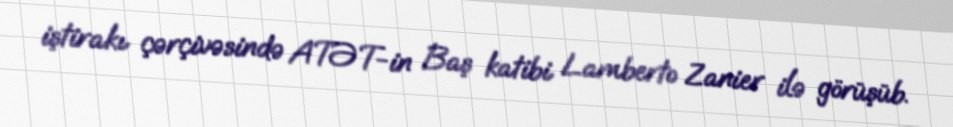
iştirakı çərçivəsində ATƏT-in Baş katibi Lamberto Zanier ilə görüşüb.